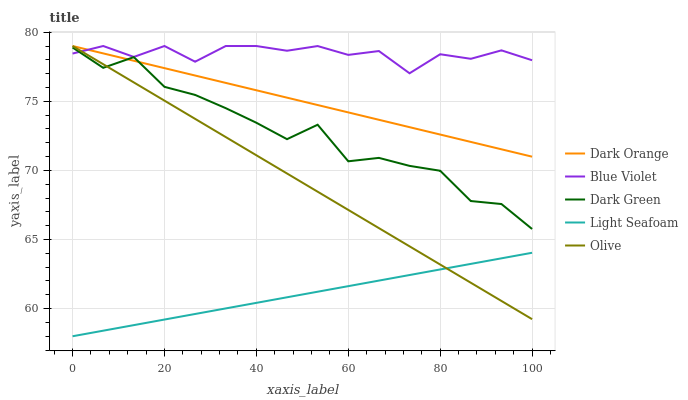
| xaxis_label | Dark Orange | Blue Violet | Dark Green | Light Seafoam | Olive |
 | --- | --- | --- | --- | --- | --- |
 | 0 | 79 | 78.5 | 78.9 | 58 | 79 |
 | 6.67 | 78.5 | 79 | 77.4 | 58.4 | 77.7 |
 | 13.3 | 77.9 | 78.2 | 78.2 | 58.8 | 76.4 |
 | 20 | 77.4 | 79 | 76 | 59.2 | 75 |
 | 26.7 | 76.9 | 77.9 | 75.5 | 59.6 | 73.7 |
 | 33.3 | 76.3 | 79 | 74.5 | 60 | 72.4 |
 | 40 | 75.8 | 79 | 73.4 | 60.4 | 71.1 |
 | 46.7 | 75.3 | 78.7 | 72.3 | 60.8 | 69.8 |
 | 53.3 | 74.7 | 79 | 73.3 | 61.2 | 68.5 |
 | 60 | 74.2 | 78.4 | 70.7 | 61.6 | 67.1 |
 | 66.7 | 73.7 | 78.6 | 70.9 | 62 | 65.8 |
 | 73.3 | 73.1 | 77 | 70.3 | 62.4 | 64.5 |
 | 80 | 72.6 | 78.4 | 70 | 62.8 | 63.2 |
 | 86.7 | 72.1 | 78.1 | 67.8 | 63.2 | 61.9 |
 | 93.3 | 71.5 | 78.7 | 67.6 | 63.6 | 60.6 |
 | 100 | 71 | 78 | 65.8 | 64 | 59.2 |